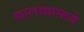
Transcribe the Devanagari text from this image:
कालव्यामध्ये